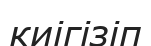
киігізіп